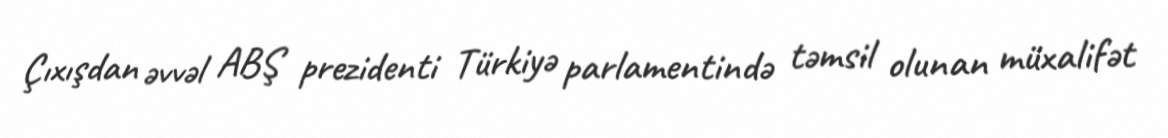
Çıxışdan əvvəl ABŞ prezidenti Türkiyə parlamentində təmsil olunan müxalifət